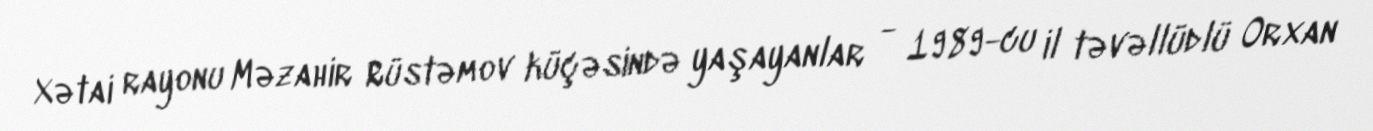
Xətai rayonu Məzahir Rüstəmov küçəsində yaşayanlar - 1989-cu il təvəllüdlü Orxan